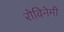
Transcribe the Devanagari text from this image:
रोविनेमी